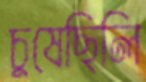
চুষেছিলি